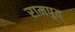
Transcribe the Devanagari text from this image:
रामपुत्